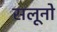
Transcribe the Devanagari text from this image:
सलूनो